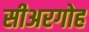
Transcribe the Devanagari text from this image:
सीअरगोह